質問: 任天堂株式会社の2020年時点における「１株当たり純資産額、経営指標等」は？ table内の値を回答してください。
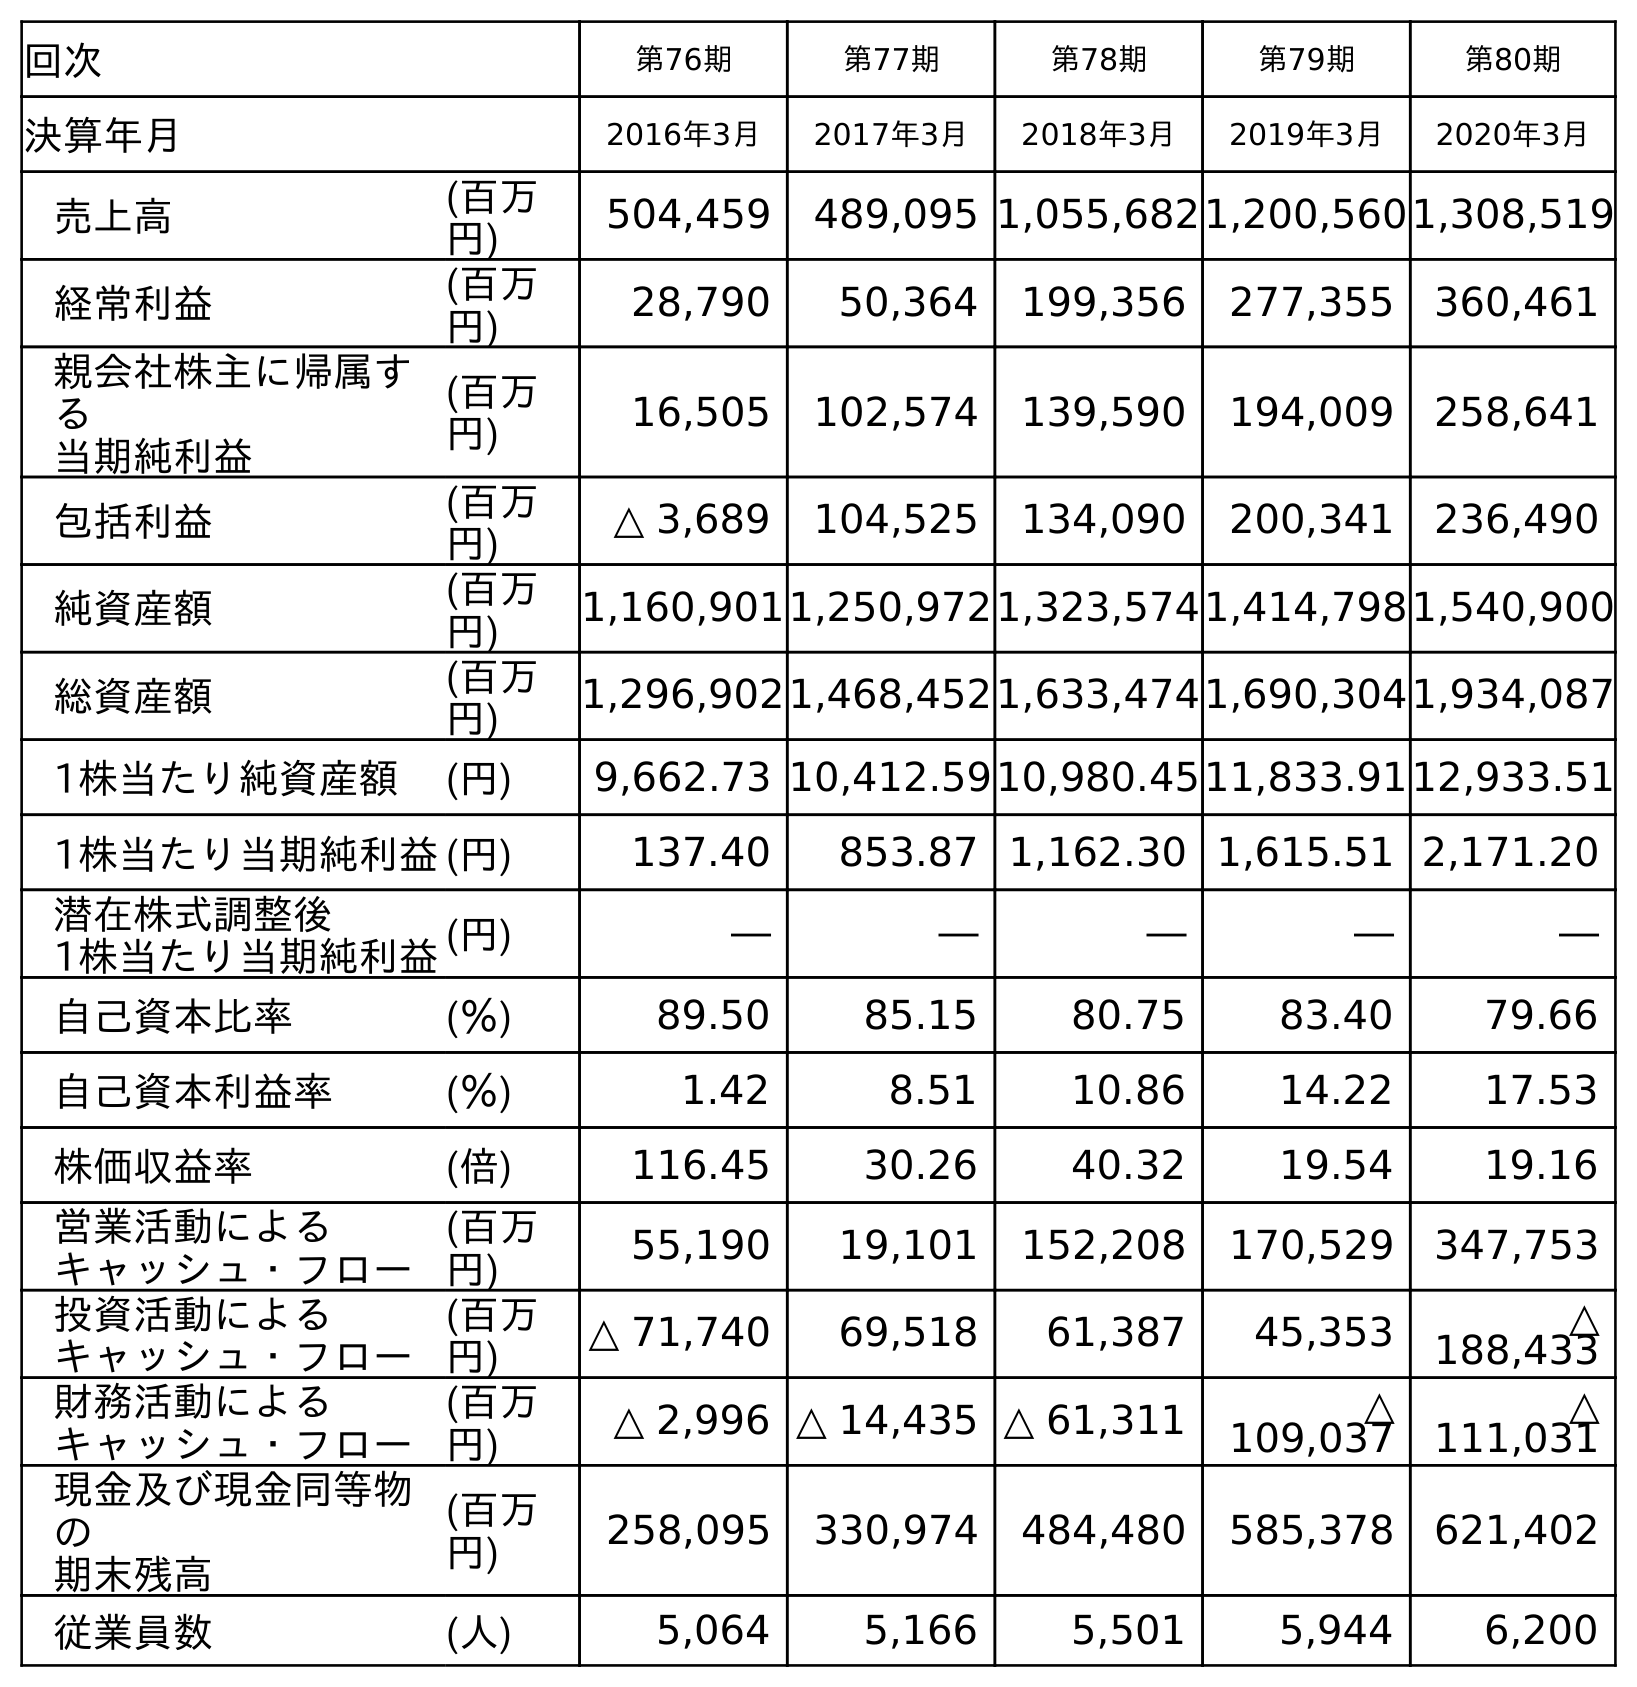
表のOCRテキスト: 回次 第76期 第77期 第78期 第79期 第80期 決算年月 2016年3月 2017年3月 2018年3月 2019年3月 2020年3月 売上高 (百万 円) 504,459 489,095 1,055,6821,200,5601,308,519 経常利益 (百万 円) 28,790 50,364 199,356 277,355 360,461 親会社株主に帰属す る 当期純利益 (百万 円) 16,505 102,574 139,590 194,009 258,641 包括利益 (百万 円) △ 3,689 104,525 134,090 200,341 236,490 純資産額 (百万 円) 1,160,9011,250,9721,323,5741,414,7981,540,900 総資産額 (百万 円) 1,296,9021,468,4521,633,4741,690,3041,934,087 1株当たり純資産額 (円) 9,662.73 10,412.5910,980.4511,833.9112,933.51 1株当たり当期純利益(円) 137.40 853.87 1,162.30 1,615.51 2,171.20 潜在株式調整後 1株当たり当期純利益(円) ― ― ― ― ― 自己資本比率 (％) 89.50 85.15 80.75 83.40 79.66 自己資本利益率 (％) 1.42 8.51 10.86 14.22 17.53 株価収益率 (倍) 116.45 30.26 40.32 19.54 19.16 営業活動による キャッシュ・フロー (百万 円) 55,190 19,101 152,208 170,529 347,753 投資活動による キャッシュ・フロー (百万 円) △ 71,740 69,518 61,387 45,353 △ 188,433 財務活動による キャッシュ・フロー (百万 円) △ 2,996 △ 14,435 △ 61,311 △ 109,037 △ 111,031 現金及び現金同等物 の 期末残高 (百万 円) 258,095 330,974 484,480 585,378 621,402 従業員数 (人) 5,064 5,166 5,501 5,944 6,200
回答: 12,933.51